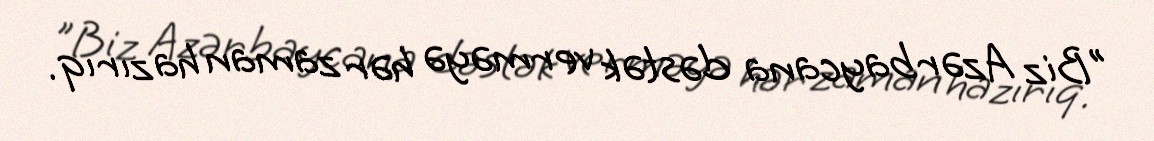
"Biz Azərbaycana dəstək verməyə hər zaman hazırıq.